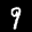
Label: 9